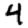
Digit: 4